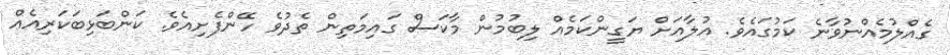
ގެއްލުމެއްނުވާނެ ކަމުގައެވެ. އުލާއަށް ޔަގީންކަމެއް ލިބުމުން މާކަސް ގައިމަތިން ތެދުވެ ހޭންފެށިއެވެ. ކަންބަޅިބަކަރިއެއް